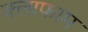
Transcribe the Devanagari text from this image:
क्लाफाम